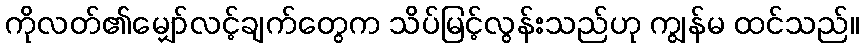
ကိုလတ်၏မျှော်လင့်ချက်တွေက သိပ်မြင့်လွန်းသည်ဟု ကျွန်မ ထင်သည်။